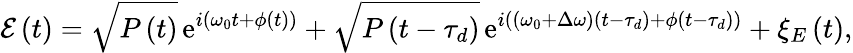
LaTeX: \mathcal{E}\left(t\right)=\sqrt{P\left(t\right)}\, \mathrm{e}^{i\left(\omega_{0}t+\phi\left(t\right)\right)}+\sqrt{P\left(t-\tau_{d}\right)}\, \mathrm{e}^{i\left(\left(\omega_{0}+\Delta\omega\right)\left(t-\tau_{d}\right)+\phi\left(t-\tau_{d}\right)\right)}+\xi_{E}\left(t\right),